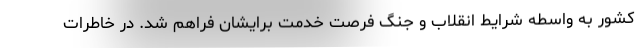
کشور به واسطه شرایط انقلاب و جنگ فرصت خدمت برایشان فراهم شد. در خاطرات